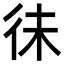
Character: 𢓛